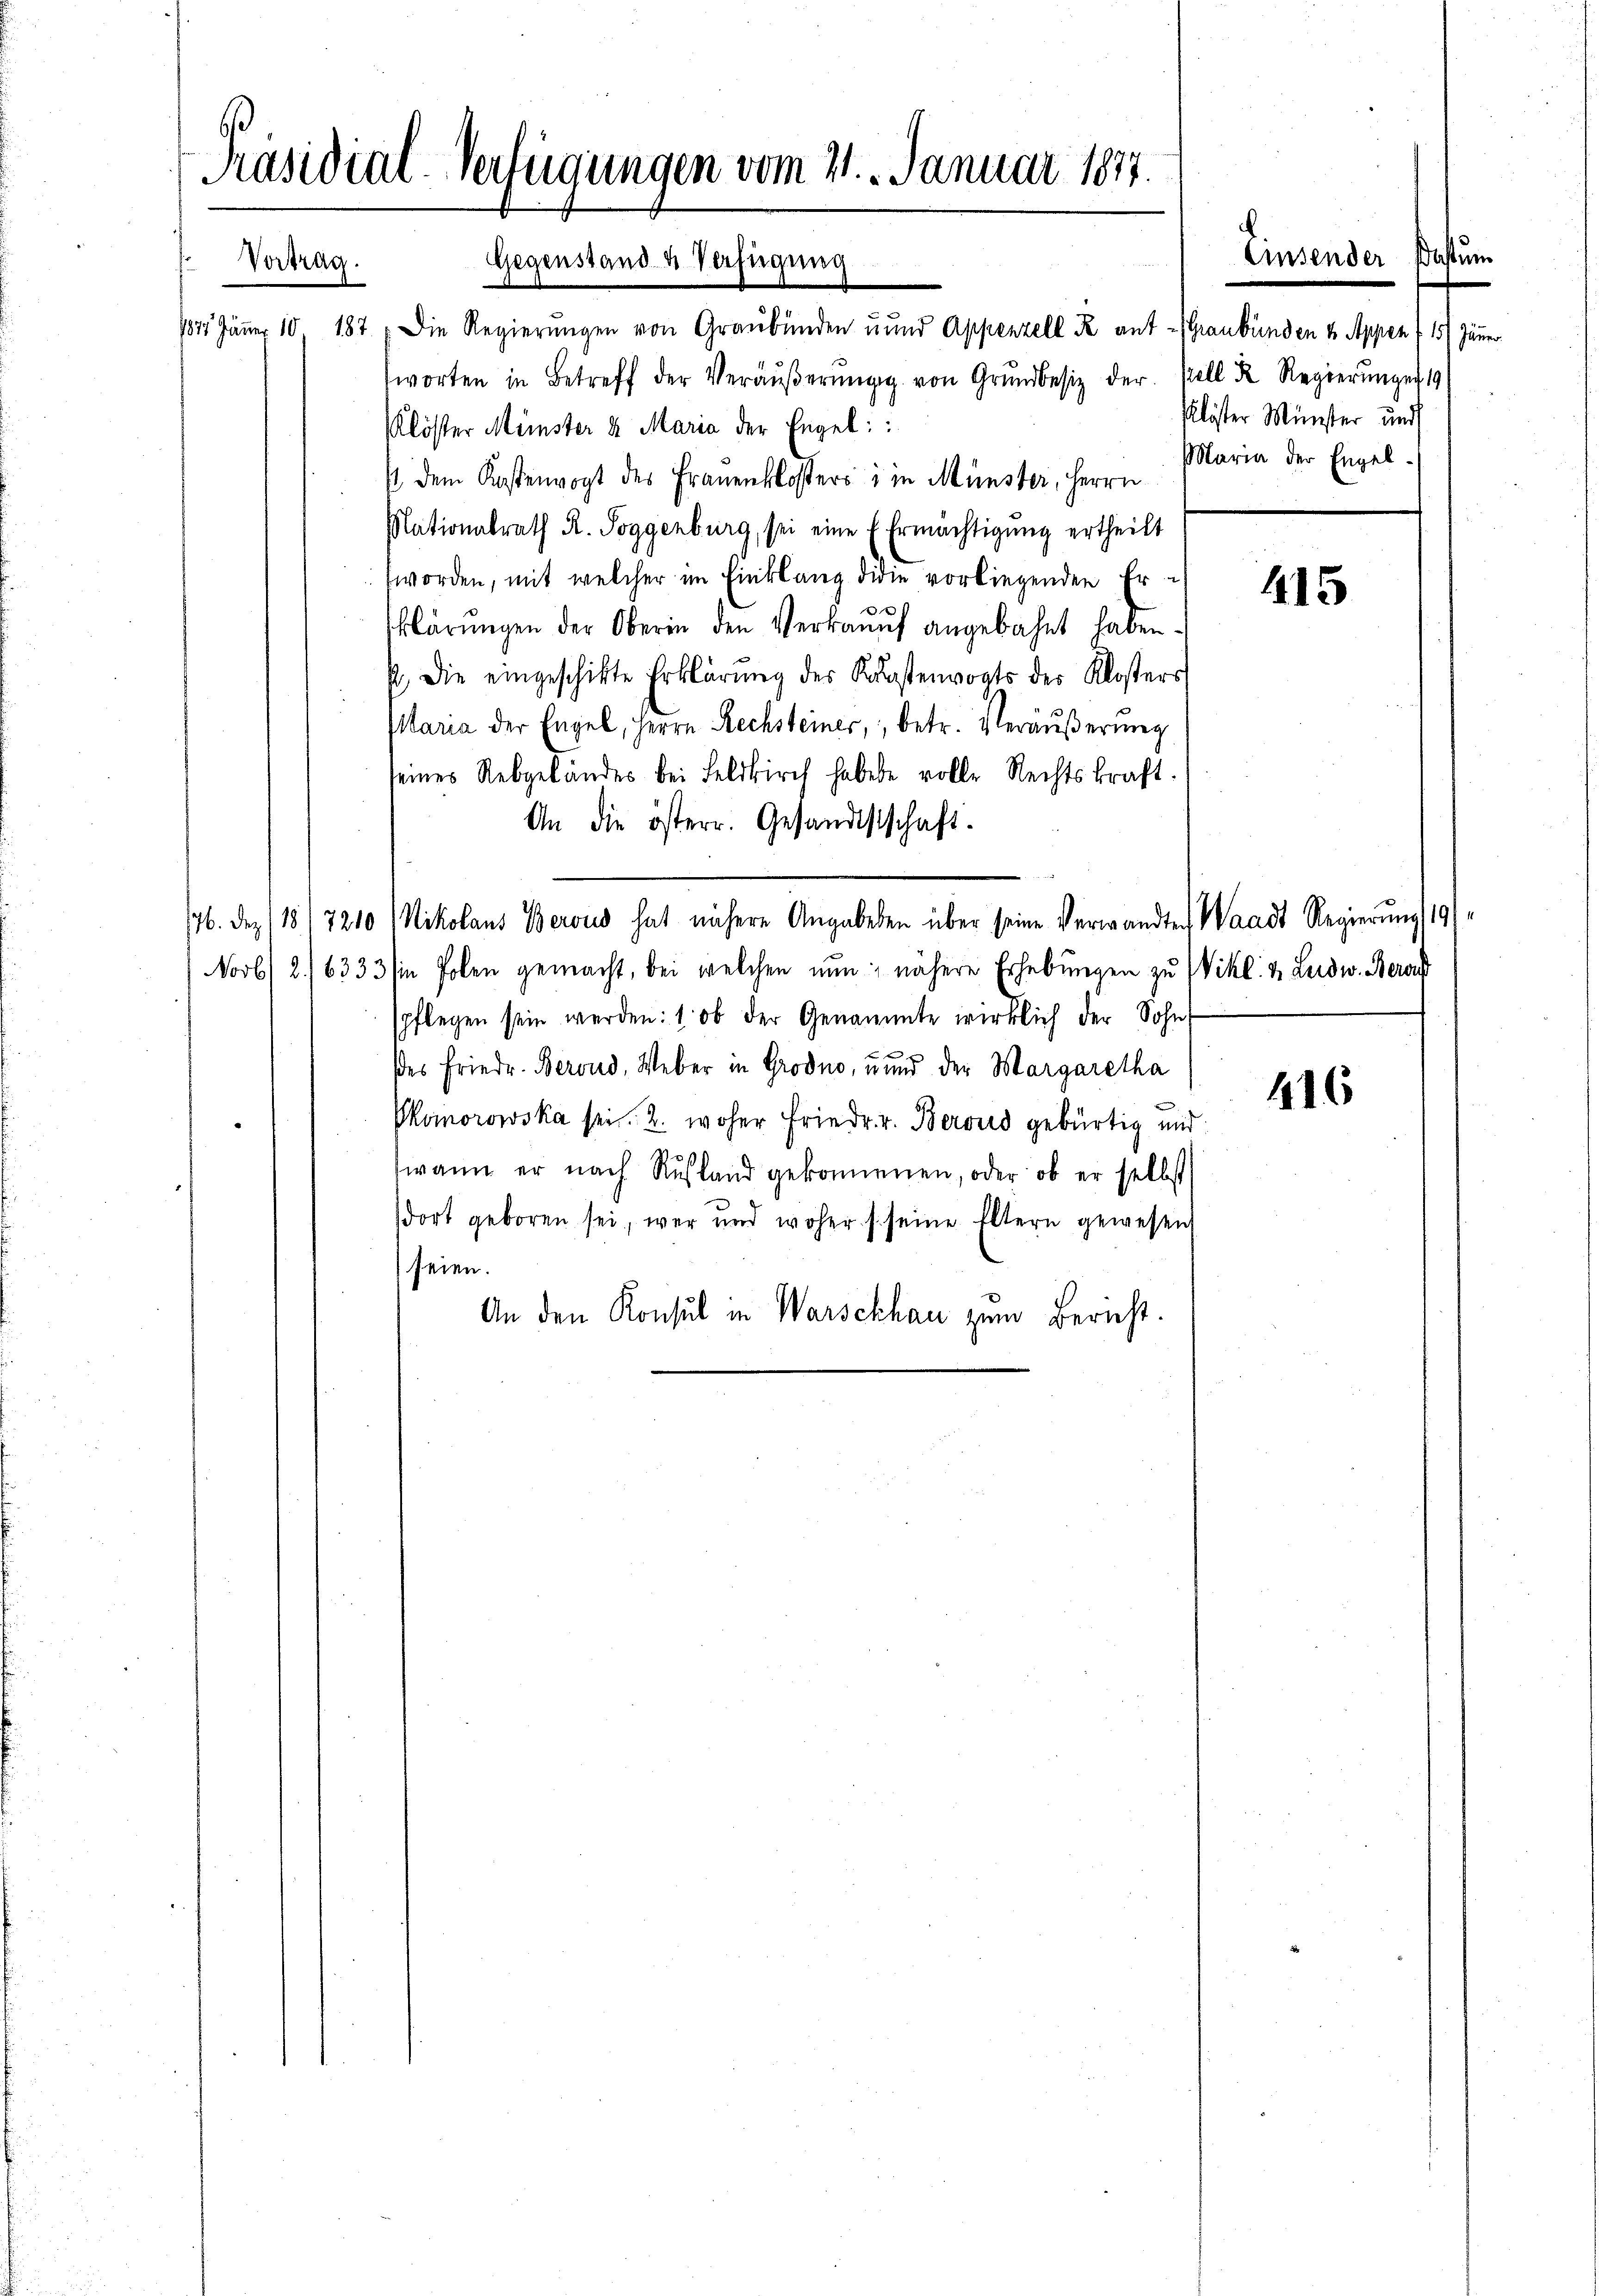
Präsidial-Verfügungen vom 21. Januar 1877.
Gegenstand u Verfügung
Vortrag.

1827. Jänner 10 187 „Die Regierŭngen von Graubünden und Appenzell R ant- (Graubünden & Appen (15. Jänner
worten in Betreff der Veräŭβerŭngg von Grŭndbesiz der
Klöster Münster & Maria der Engel::
/ dem Kostenvogt des Frauenklosters & in Münster, Herrn
Nationalrath R. Soggenburg, sei eine Ermächtigŭng ertheilt
worden, mit welcher im Einklang didie vorliegenden Er¬
.
klärungen der Oberin den Verkauf angebahnt haben.
p. die eingeschikte Erklärŭng des Kunstenvogts des Klosters
Maria der Engel, Herrn Rechsteiner, betr. Veräußerung
seines Rebgeländes bei Feldkirch habete volle Rechtskraft.
An die österr. Gesandtstschaft.
176. Dez. 1817210 / Nikolaus Berons hat nähere Angabeben über seine Verwandten Waadt Regierung 19
Novb. 2. 16333/i Polen gemacht, bei welchen nun, nähere Erhebungen zu
pflegen sein werden: 1. ob der Genannte wirklich der Sohn
des Friedr. Berond, Weber in Grodno, und der Margaretha
Phomorowska sei. 2. woher Friedr. v. Berons gebürtig un
wann er nach Ausland gekommen, oder ob er selbst
dort geboren sei, wer und woher s seine Eltern gewesen
seien.
An den Konsul in Warschhau zum Bericht.

Einsender Postum
pell R. Regierungen 19
Klöster Münster und
Maria der Engel¬

415

Wikl. 4, Ludw. Bera

416